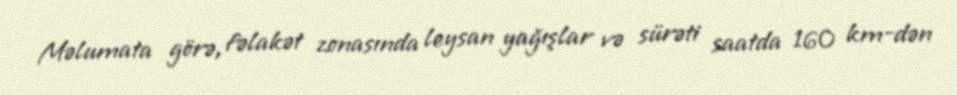
Məlumata görə, fəlakət zonasında leysan yağışlar və sürəti saatda 160 km-dən